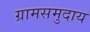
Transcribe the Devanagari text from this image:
ग्रामसमुदाय